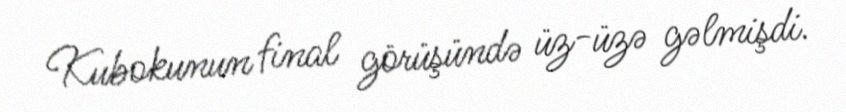
Kubokunun final görüşündə üz-üzə gəlmişdi.